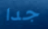
جدا